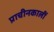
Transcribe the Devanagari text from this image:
प्राचीनकालीं